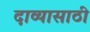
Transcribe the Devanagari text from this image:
दाव्यासाठी